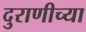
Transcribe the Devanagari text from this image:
दुराणीच्या